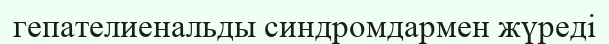
гепателиенальды синдромдармен жүреді